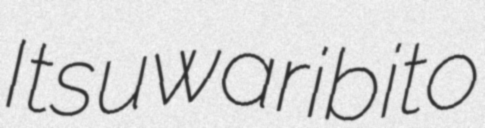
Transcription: Itsuwaribito